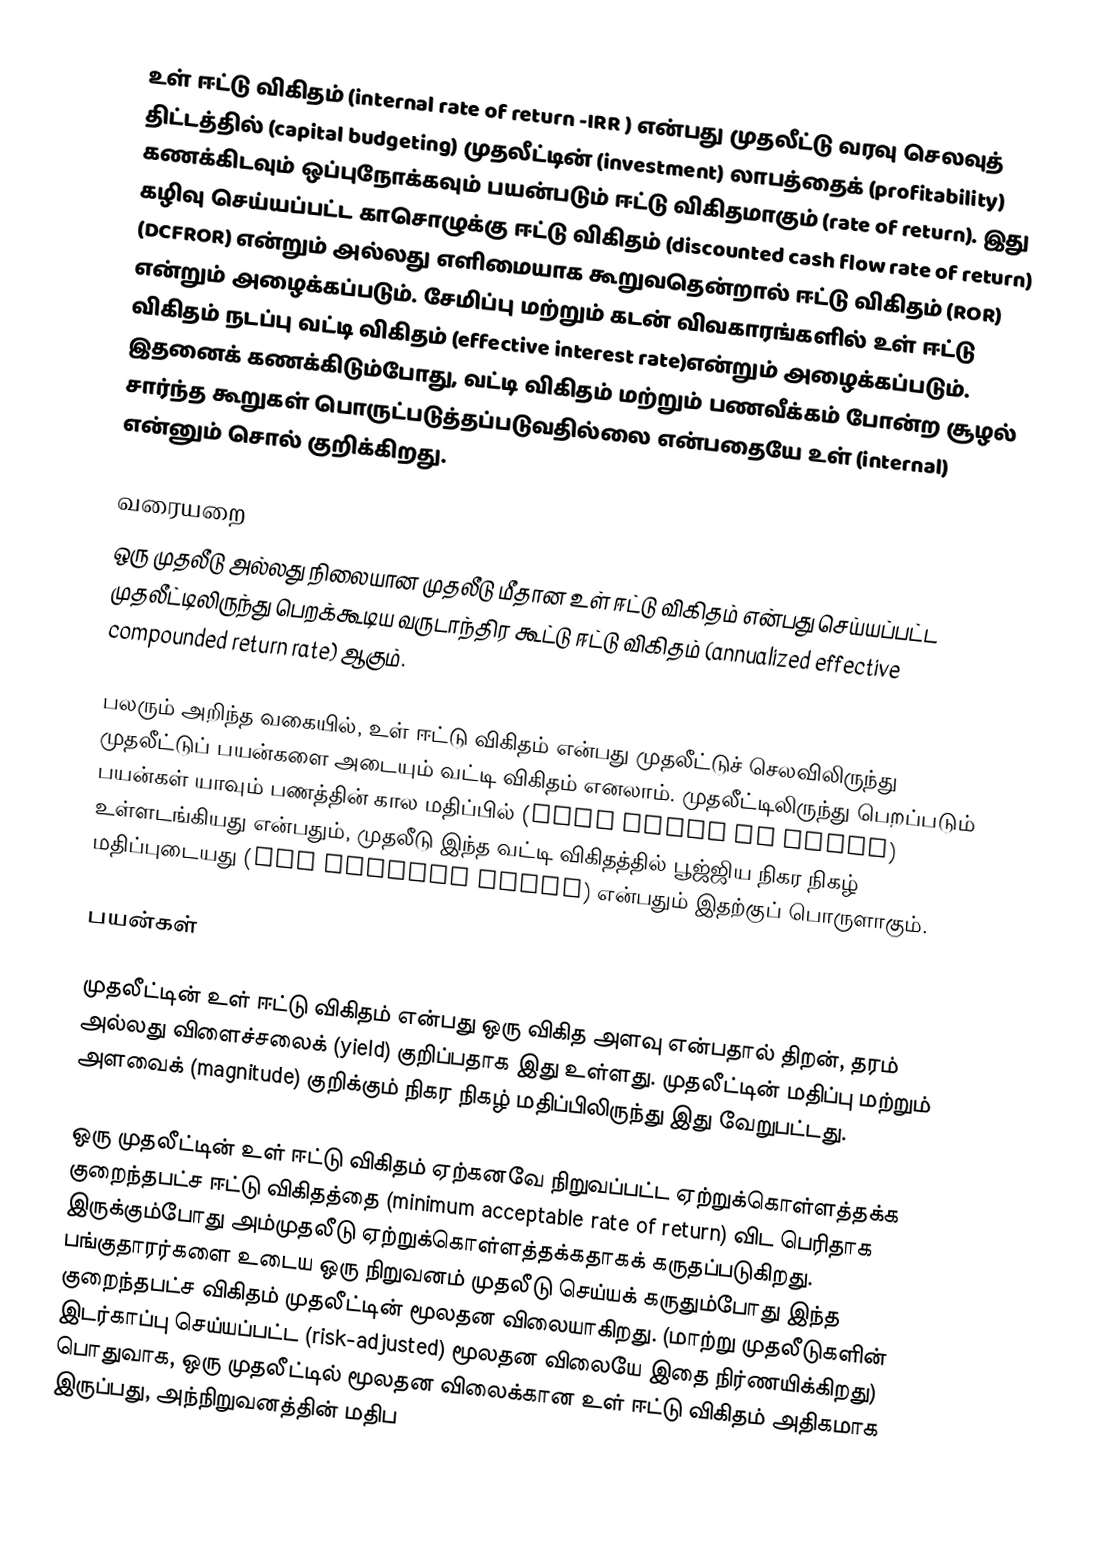
உள் ஈட்டு விகிதம் (internal rate of return -IRR ) என்பது முதலீட்டு வரவு செலவுத் திட்டத்தில் (capital budgeting) முதலீட்டின் (investment) லாபத்தைக் (profitability) கணக்கிடவும் ஒப்புநோக்கவும் பயன்படும் ஈட்டு விகிதமாகும் (rate of return). இது கழிவு செய்யப்பட்ட காசொழுக்கு ஈட்டு விகிதம் (discounted cash flow rate of return) (DCFROR) என்றும் அல்லது எளிமையாக கூறுவதென்றால் ஈட்டு விகிதம் (ROR) என்றும் அழைக்கப்படும். சேமிப்பு மற்றும் கடன் விவகாரங்களில் உள் ஈட்டு விகிதம் நடப்பு வட்டி விகிதம் (effective interest rate)என்றும் அழைக்கப்படும். இதனைக் கணக்கிடும்போது, வட்டி விகிதம் மற்றும் பணவீக்கம் போன்ற சூழல் சார்ந்த கூறுகள் பொருட்படுத்தப்படுவதில்லை என்பதையே உள் (internal) என்னும் சொல் குறிக்கிறது.

வரையறை
ஒரு முதலீடு அல்லது நிலையான முதலீடு மீதான உள் ஈட்டு விகிதம் என்பது செய்யப்பட்ட முதலீட்டிலிருந்து பெறக்கூடிய வருடாந்திர கூட்டு ஈட்டு விகிதம் (annualized effective compounded return rate) ஆகும்.

பலரும் அறிந்த வகையில், உள் ஈட்டு விகிதம் என்பது முதலீட்டுச் செலவிலிருந்து முதலீட்டுப் பயன்களை அடையும் வட்டி விகிதம் எனலாம். முதலீட்டிலிருந்து பெறப்படும் பயன்கள் யாவும் பணத்தின் கால மதிப்பில் (time value of money) உள்ளடங்கியது என்பதும், முதலீடு இந்த வட்டி விகிதத்தில் பூஜ்ஜிய நிகர நிகழ் மதிப்புடையது (net present value) என்பதும் இதற்குப் பொருளாகும்.

பயன்கள்

முதலீட்டின் உள் ஈட்டு விகிதம் என்பது ஒரு விகித அளவு என்பதால் திறன், தரம் அல்லது விளைச்சலைக் (yield) குறிப்பதாக இது உள்ளது. முதலீட்டின் மதிப்பு மற்றும் அளவைக் (magnitude) குறிக்கும் நிகர நிகழ் மதிப்பிலிருந்து இது வேறுபட்டது.

ஒரு முதலீட்டின் உள் ஈட்டு விகிதம் ஏற்கனவே நிறுவப்பட்ட ஏற்றுக்கொள்ளத்தக்க குறைந்தபட்ச ஈட்டு விகிதத்தை (minimum acceptable rate of return) விட பெரிதாக இருக்கும்போது அம்முதலீடு ஏற்றுக்கொள்ளத்தக்கதாகக் கருதப்படுகிறது. பங்குதாரர்களை உடைய ஒரு நிறுவனம் முதலீடு செய்யக் கருதும்போது இந்த குறைந்தபட்ச விகிதம் முதலீட்டின் மூலதன விலையாகிறது. (மாற்று முதலீடுகளின் இடர்காப்பு செய்யப்பட்ட (risk-adjusted) மூலதன விலையே இதை நிர்ணயிக்கிறது) பொதுவாக, ஒரு முதலீட்டில் மூலதன விலைக்கான உள் ஈட்டு விகிதம் அதிகமாக இருப்பது, அந்நிறுவனத்தின் மதிப